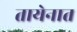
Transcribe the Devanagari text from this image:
तायेनात